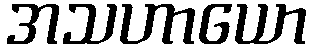
အသဟာယော